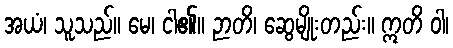
အယံ၊ သူသည်။ မေ၊ ငါ၏။ ဉာတိ၊ ဆွေမျိုးတည်း။ ဣတိ ဝါ၊